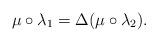
LaTeX: \begin{gather*}\mu\circ\lambda_1=\Delta(\mu\circ\lambda_2).\end{gather*}